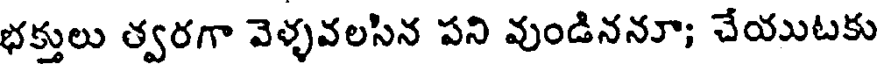
భక్తులు త్వరగా వెళ్ళవలసిన పని వుండిననూ; చేయుటకు